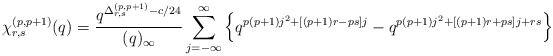
\begin{align*}\chi_{r,s}^{(p,p+1)}(q) = \frac{q^{\Delta_{r,s}^{(p,p+1)}-c/24}}{(q)_{\infty}}\sum_{j=-\infty}^{\infty}\left\{q^{p(p+1)j^2+[(p+1)r-ps]j}-q^{p(p+1)j^2+[(p+1)r+ps]j+rs} \right\}\end{align*}